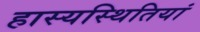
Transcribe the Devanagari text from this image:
हास्यस्थितियां